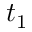
t _ { 1 }